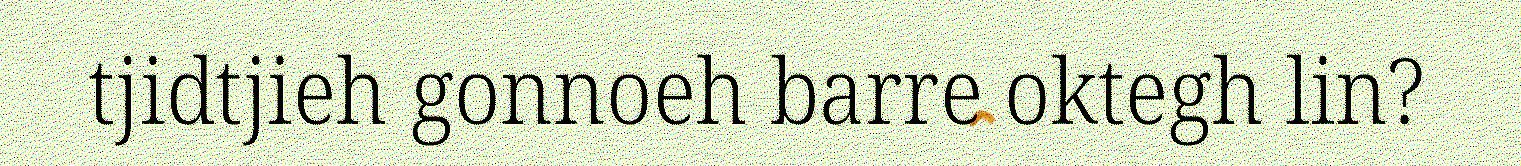
tjidtjieh gonnoeh barre oktegh lin?